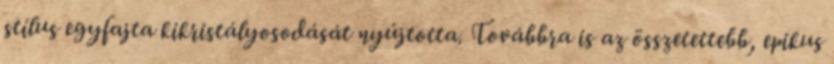
stílus egyfajta kikristályosodását nyújtotta. Továbbra is az összetettebb, epikus